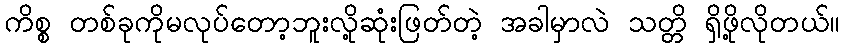
ကိစ္စ တစ်ခုကိုမလုပ်တော့ဘူးလို့ဆုံးဖြတ်တဲ့ အခါမှာလဲ သတ္တိ ရှိဖို့လိုတယ်။